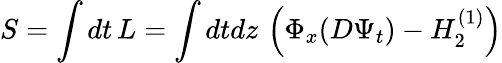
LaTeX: S=\int dt\, L=\int dtdz\, \left(\Phi_{x}(D\Psi_{t})-H_{2}^{(1)}\right)